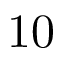
1 0